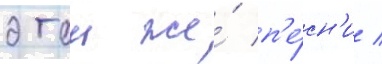
этои же́ п'е́сн'и /